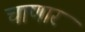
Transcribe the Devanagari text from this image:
चाणार